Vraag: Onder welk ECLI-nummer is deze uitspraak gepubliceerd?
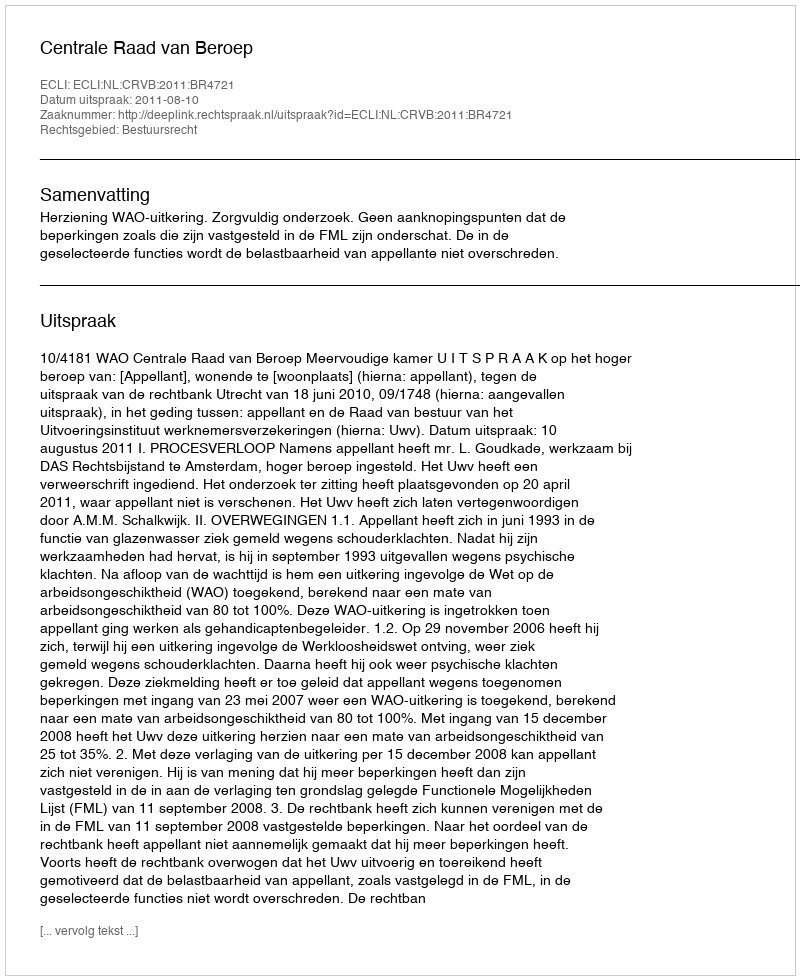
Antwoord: ECLI:NL:CRVB:2011:BR4721